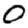
Digit: 0